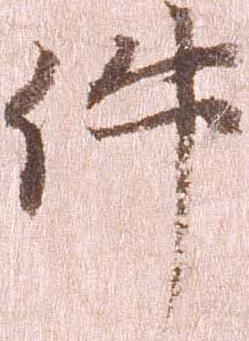
件